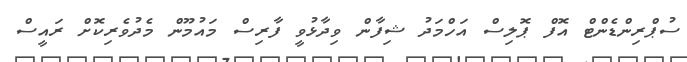
ސުޕްރިންޑެންޓް އޮފް ޕޮލިސް އަހްމަދު ޝިފާން ވިދާޅުވީ ފާރިސް މައުމޫން މެދުވެރިކޮށް ރައީސް